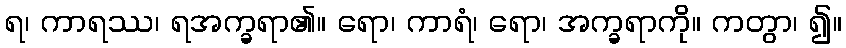
ရ၊ ကာရဿ၊ ရအက္ခရာ၏။ ရော၊ ကာရံ၊ ရော၊ အက္ခရာကို။ ကတွာ၊ ၍။